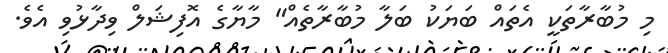
މި މުބާރާތަކީ އެތައް ބަޔަކު ބަލާ މުބާރާތެއް" މާޔާގެ އޮފިޝަލް ވިދާޅުވި އެވެ.